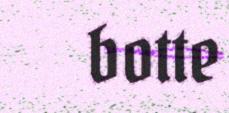
botte